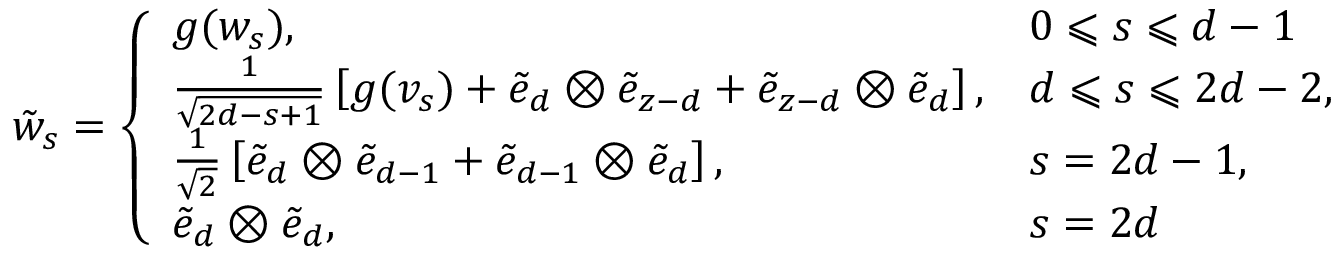
\tilde { w } _ { s } = \left\{ \begin{array} { l l } { g ( w _ { s } ) , } & { 0 \leqslant s \leqslant d - 1 } \\ { \frac { 1 } { \sqrt { 2 d - s + 1 } } \left[ g ( v _ { s } ) + \tilde { e } _ { d } \otimes \tilde { e } _ { z - d } + \tilde { e } _ { z - d } \otimes \tilde { e } _ { d } \right] , } & { d \leqslant s \leqslant 2 d - 2 , } \\ { \frac { 1 } { \sqrt { 2 } } \left[ \tilde { e } _ { d } \otimes \tilde { e } _ { d - 1 } + \tilde { e } _ { d - 1 } \otimes \tilde { e } _ { d } \right] , } & { s = 2 d - 1 , } \\ { \tilde { e } _ { d } \otimes \tilde { e } _ { d } , } & { s = 2 d } \end{array} \right.